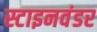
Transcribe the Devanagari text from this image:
स्टाइनवंडर